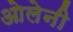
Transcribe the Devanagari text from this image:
ओलेनी